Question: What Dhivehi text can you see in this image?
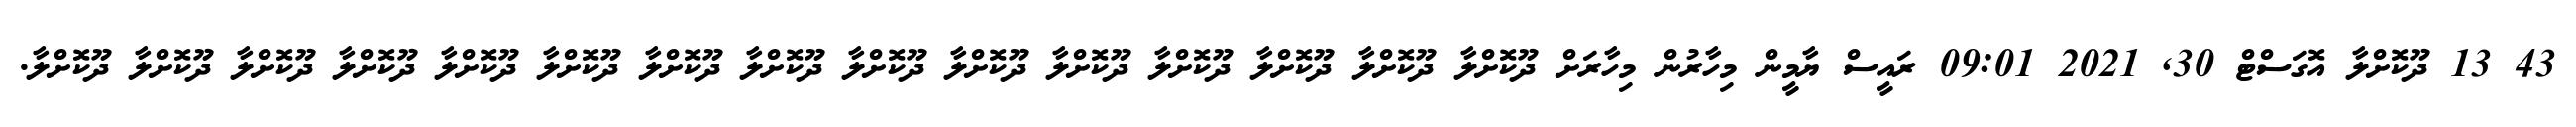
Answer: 43 13 ދޫކޮށްލާ އޮގަސްޓް 30, 2021 09:01 ރައީސް ޔާމީން މިހާރުން މިހާރަށް ދޫކޮށްލާ ދޫކޮށްލާ ދޫކޮށްލާ ދޫކޮށްލާ ދޫކޮށްލާ ދޫކޮށްލާ ދޫކޮށްލާ ދޫކޮށްލާ ދޫކޮށްލާ ދޫކޮށްލާ ދޫކޮށްލާ ދޫކޮށްލާ ދޫކޮށްލާ ދޫކޮށްލާ ދޫކޮށްލާ.